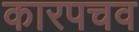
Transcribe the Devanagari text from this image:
कारपचव